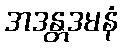
အဒန္တဒမနံ